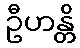
ဦဟန္တိ